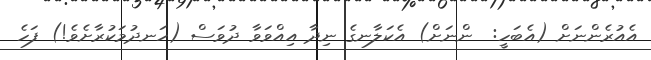
އެއުރެންނަށް (އެބަހީ:  ންނަށް) އެކަލާނގެ ނިދާ އިއްވަވާ ދުވަސް (ހަނދުމަކުރާށެވެ!) ފަހެ